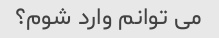
می توانم وارد شوم؟